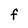
Character: F